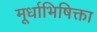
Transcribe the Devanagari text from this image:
मूर्धाभिषिक्ता